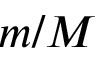
m / M